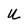
Character: U